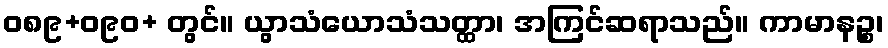
ဝ၈၉+ဝ၉၀+ တွင်။ ယွာသံယောသံသတ္ထာ၊ အကြင်ဆရာသည်။ ကာမာနဉ္စ၊